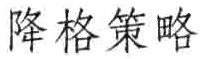
降格策略